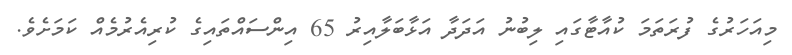
މިއަހަރުގެ ފުރަތަމަ ކުއާޓާގައި ލިބުނު އަދަދާ އަޅާބަލާއިރު 65 އިންސައްތައިގެ ކުރިއެރުމެއް ކަމަށެވެ.